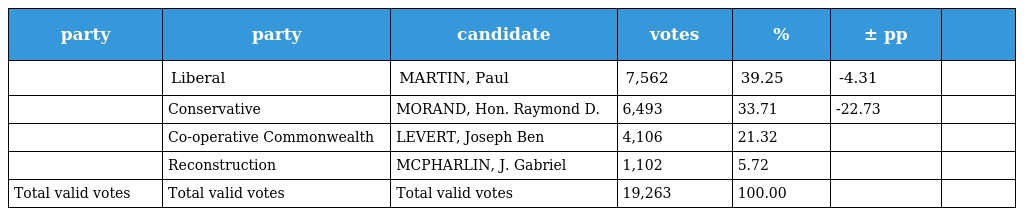
| party | party | candidate | votes | % | ± pp |  |
 | --- | --- | --- | --- | --- | --- | --- |
 |  | Liberal | MARTIN, Paul | 7,562 | 39.25 | -4.31 |  |
 |  | Conservative | MORAND, Hon. Raymond D. | 6,493 | 33.71 | -22.73 |  |
 |  | Co-operative Commonwealth | LEVERT, Joseph Ben | 4,106 | 21.32 |  |  |
 |  | Reconstruction | MCPHARLIN, J. Gabriel | 1,102 | 5.72 |  |  |
 | Total valid votes | Total valid votes | Total valid votes | 19,263 | 100.00 |  |  |